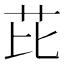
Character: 芘